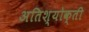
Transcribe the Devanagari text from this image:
अतिश्योक्ती